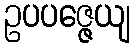
ဥပပဇ္ဇေယျ